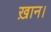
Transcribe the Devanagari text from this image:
ख़ान।